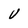
Character: U